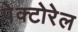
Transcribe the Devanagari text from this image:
पेक्टोरेल